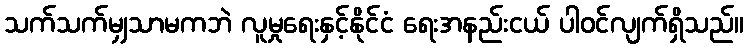
သက်သက်မျှသာမကဘဲ လူမှုရေးနှင့်နိုင်ငံ ရေးအနည်းငယ် ပါဝင်လျက်ရှိသည်။